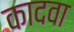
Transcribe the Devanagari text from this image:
कादवा